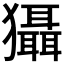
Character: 𤣒